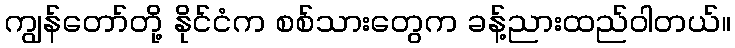
ကျွန်တော်တို့ နိုင်ငံက စစ်သားတွေက ခန့်ညားထည်ဝါတယ်။